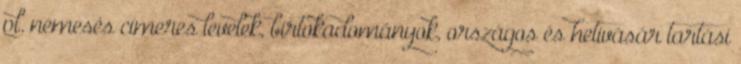
pl. nemesés címeres levelek, birtokadományok, országos és hetivásár tartási